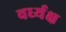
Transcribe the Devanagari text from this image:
वर्ध्यक्ष